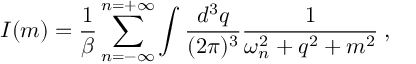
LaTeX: I ( m ) = \frac { 1 } { \beta } \sum _ { n = - \infty } ^ { n = + \infty } \int \frac { d ^ { 3 } q } { ( 2 \pi ) ^ { 3 } } \frac { 1 } { \omega _ { n } ^ { 2 } + q ^ { 2 } + m ^ { 2 } } \: ,